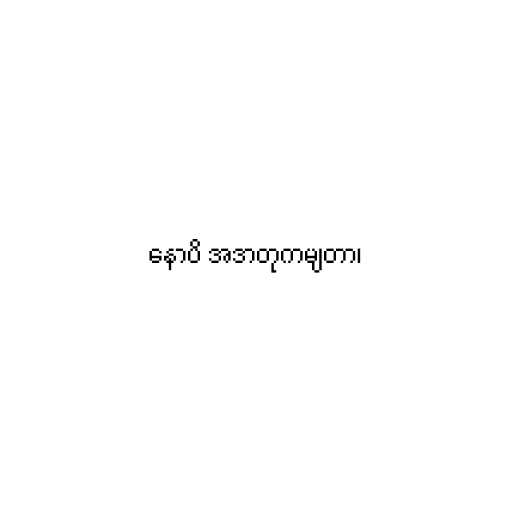
နောပိ အဒာတုကမျတာ၊